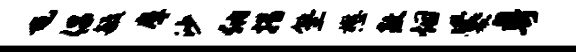
屯倡毓摩沙纳措塾懋敖烟爨粤